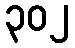
၃၀၂